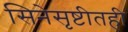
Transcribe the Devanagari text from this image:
सिनेसृष्टीतही